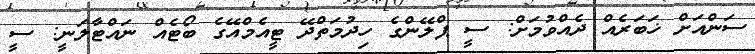
ސަންއަށް ޚަބަރެއް ދެއްވުމަށް: ސީ ޕްލޭންގެ ހިދުމަތްދޭ ޓީއެމްއޭގެ ބޯޓެއް ނައްޓާލަނީ: ސީ